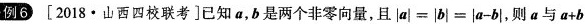
例6〔2018·山西四校联考]已知a，b是两个非零向量，且$$| a | = | b | = | a - b |$$，则a与$$a + b$$